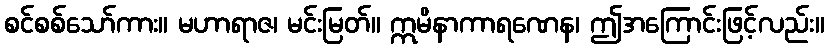
စင်စစ်သော်ကား။ မဟာရာဇ၊ မင်းမြတ်။ ဣမိနာကာရဏေန၊ ဤအကြောင်းဖြင့်လည်း။